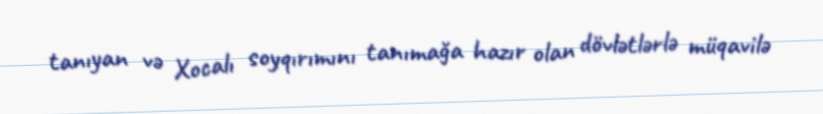
tanıyan və Xocalı soyqırımını tanımağa hazır olan dövlətlərlə müqavilə